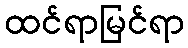
ထင်ရာမြင်ရာ